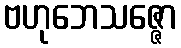
ဗဟုဘေသဇ္ဇော